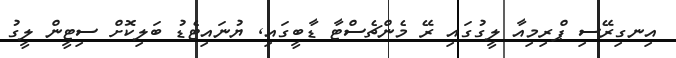
އިނގިރޭސި ޕްރިމިއާ ލީގުގައި ރޭ މެންޗެސްޓާ ޑާބީގައި